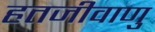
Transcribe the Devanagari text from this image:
हतजीवाणु